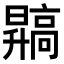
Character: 𬴙